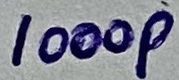
Text: 1000p